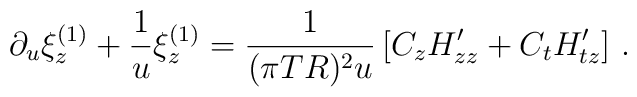
\partial_{u} \xi_{z}^{(1)} +{1\over u} \xi_{z}^{(1)}  = {1\over (\pi T R)^2 u}\left[ C_z H_{zz}'  + C_t H_{tz}' \right]\,.